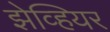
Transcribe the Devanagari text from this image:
झेव्हियर